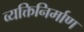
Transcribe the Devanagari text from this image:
व्यक्तिनिर्माण